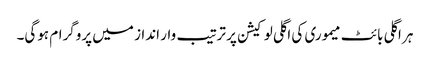
ہر اگلی بائٹ میموری کی اگلی لوکیشن پر ترتیب وار انداز میں پروگرام ہوگی۔